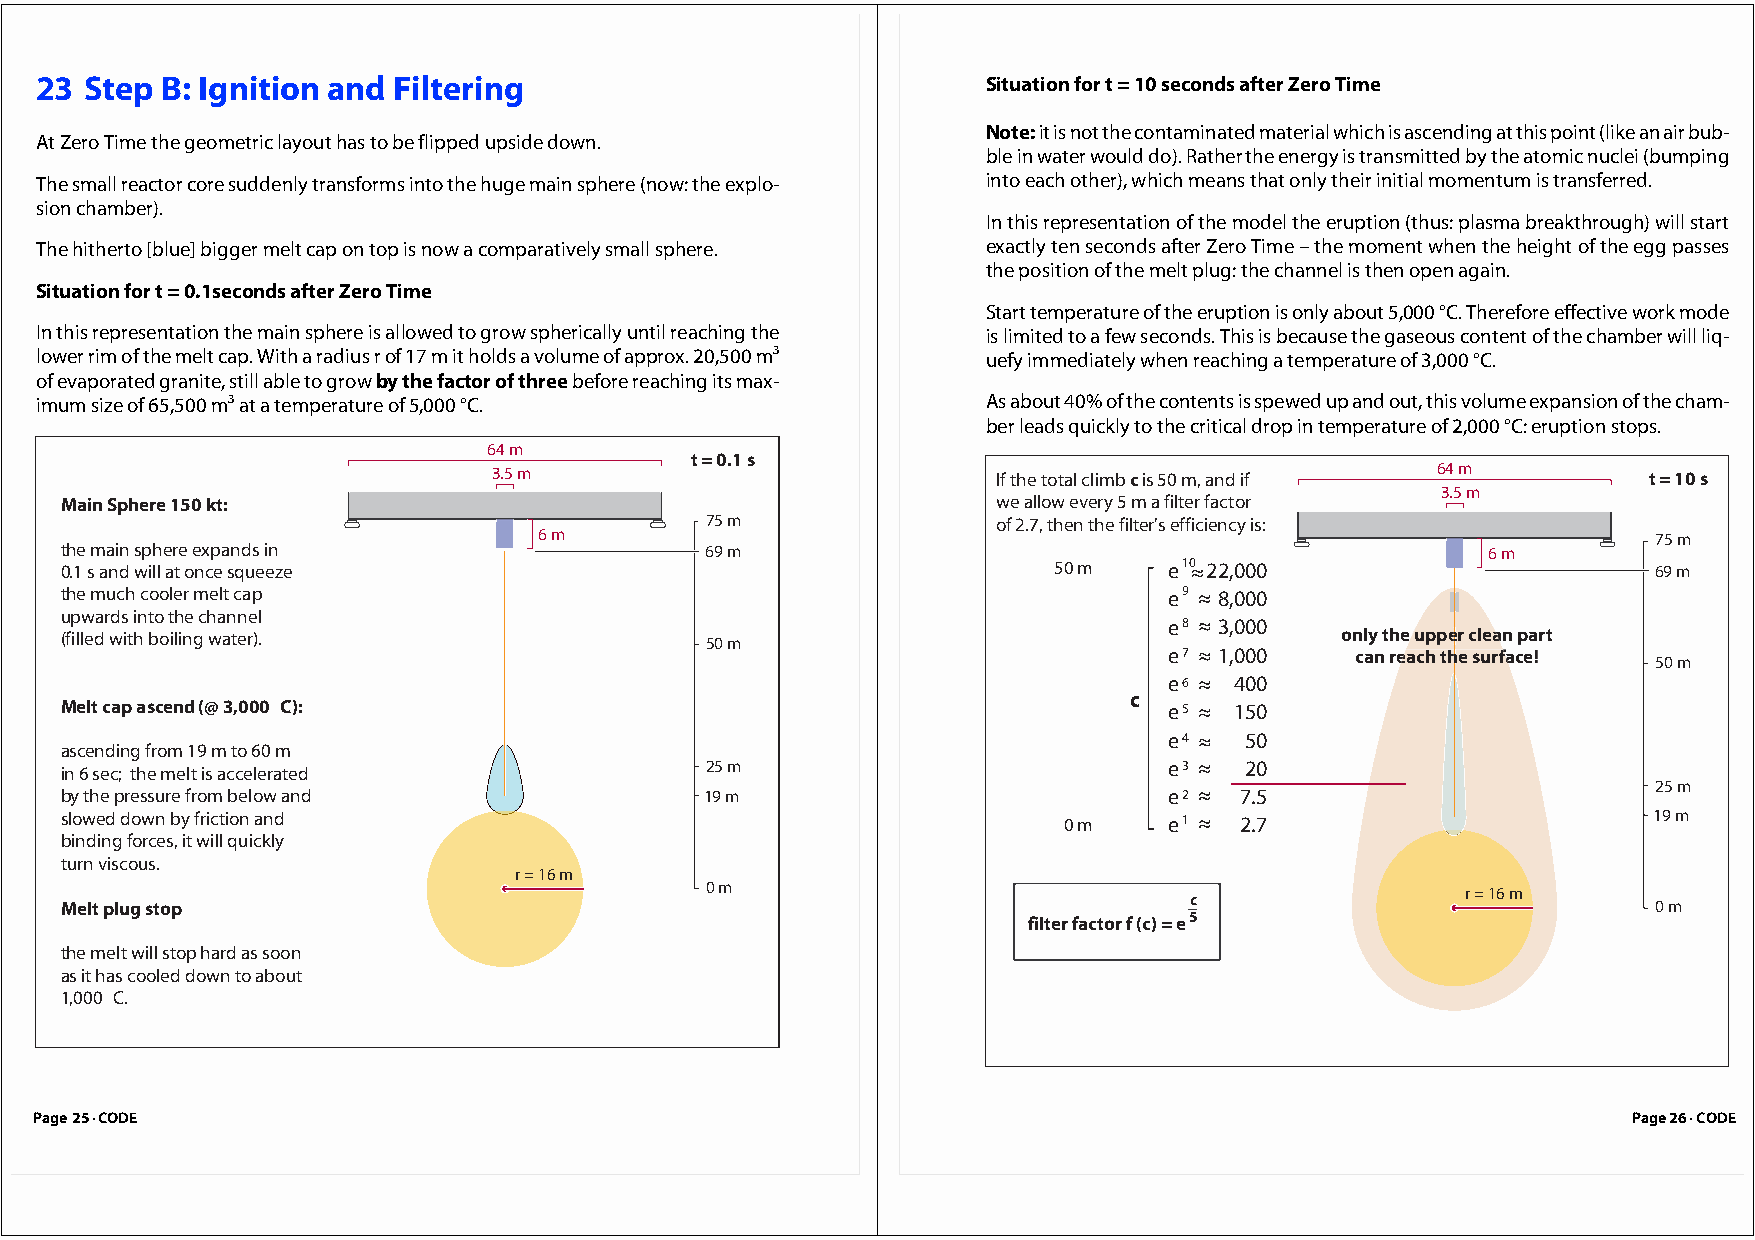
23  Step B: Ignition and Filtering                             Situation for t = 10 seconds after Zero Time
 Note: it is not the contaminated material which is ascending at this point (like an air bub-
 At Zero Time the geometric layout has to be flipped upside down.
 ble in water would do). Rather the energy is transmitted by the atomic nuclei (bumping
 The small reactor core suddenly transforms into the huge main sphere (now: the explo- into each other), which means that only their initial momentum is transferred.
 sion chamber).
 In this representation of the model the eruption (thus: plasma breakthrough) will start
 The hitherto [blue] bigger melt cap on top is now a comparatively small sphere. exactly ten seconds after Zero Time – the moment when the height of the egg passes
 the position of the melt plug: the channel is then open again.
 Situation for t = 0.1seconds after Zero Time
 Start temperature of the eruption is only about 5,000 °C. Therefore effective work mode
 In this representation the main sphere is allowed to grow spherically until reaching the is limited to a few seconds. This is because the gaseous content of the chamber will liq-
 lower rim of the melt cap. With a radius r of 17 m it holds a volume of approx. 20,500 m³ uefy immediately when reaching a temperature of 3,000 °C.
 of evaporated granite, still able to grow by the factor of three before reaching its max-
 imum size of 65,500 m³ at a temperature of 5,000 °C.           As about 40% of the contents is spewed up and out, this volume expansion of the cham-
 ber leads quickly to the critical drop in temperature of 2,000 °C: eruption stops.
 64 m
 t = 0.1 s
 3.5 m                            If the total climb c is 50 m, and if 64 m  t = 10 s
 3.5 m
 Main Sphere 150 kt:                                           we allow every 5 m a filter factor
 75 m               of 2.7, then the filter's efficiency is:
 6 m                                                                       75 m
 the main sphere expands in                 69 m                                               6 m
 0.1 s and will at once squeeze                                    50 m   e10 22,000                       69 m
 the much cooler melt cap                                                 e9  8,000
 upwards into the channel
 e8  3,000
 (filled with boiling water).               50 m                                      only thee uuppeeeer cleaan part
 e7  1,000    can reeach thhhhe surffaace!
 50 m
 e6   400
 c
 Melt cap ascend (@ 3,000 C):                                             e5   150
 e4   50
 ascending from 19 m to 60 m
 in 6 sec; the melt is accelerated          25 m                          e3   20
 25 m
 by the pressure from below and             19 m                          e2   7.5
 slowed down by friction and                                       0 m    e1   2.7                        19 m
 binding forces, it will quickly
 turn viscous.
 r = 16 m
 0 m
 r = 16 m
 Melt plug stop                                                             c                              0 m
 filter factor f (c) = e5
 the melt will stop hard as soon
 as it has cooled down to about
 1,000 C.
 Page 25 · CODE                                                                                            Page 26 · CODE